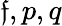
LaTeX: \mathfrak{f},p,q